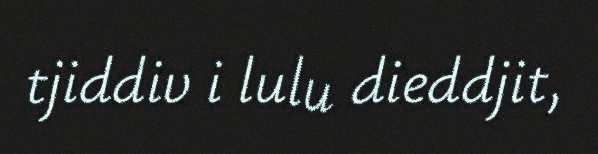
tjiddiv i lulu dieddjit,